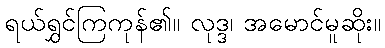
ရယ်ရွှင်ကြကုန်၏။ လုဒ္ဒ၊ အမောင်မူဆိုး။